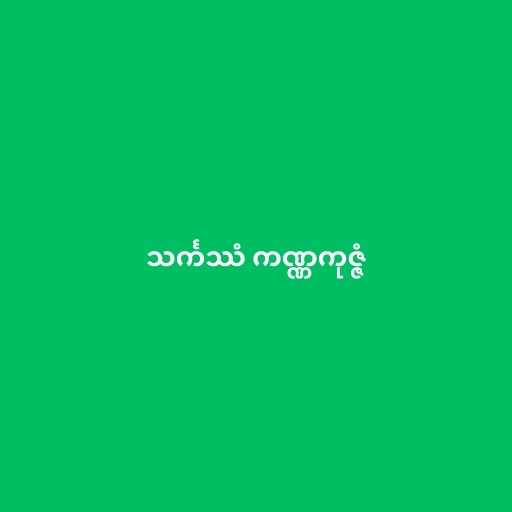
သင်္ကဿံ ကဏ္ဏကုဇ္ဇံ